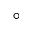
\circ